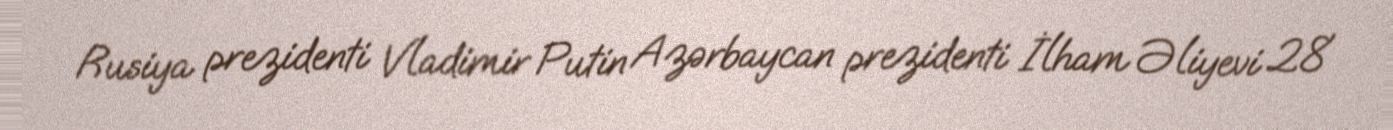
Rusiya prezidenti Vladimir Putin Azərbaycan prezidenti İlham Əliyevi 28